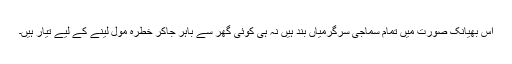
اس بھیانک صورت میں تمام سماجی سرگرمیاں بند ہیں نہ ہی کوئی گھر سے باہر جاکر خطرہ مول لینے کے لیے تیار ہیں۔